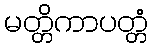
မတ္တိကာပတ္တံ